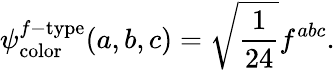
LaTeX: \psi_{\mathrm{color}}^{f-\mathrm{type}}(a,b,c)=\sqrt{\frac{1}{24}}f^{abc}.